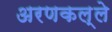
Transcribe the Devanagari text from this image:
अरणकल्ले